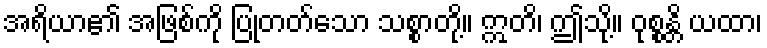
အရိယာ၏ အဖြစ်ကို ပြုတတ်သော သစ္စာတို့။ ဣတိ၊ ဤသို့။ ဝုစ္စန္တိ ယထာ၊